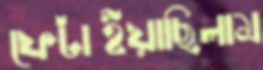
ফেটাইয়াছিলাম